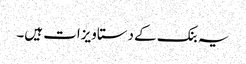
یہ بنک کے دستاویزات ہیں۔